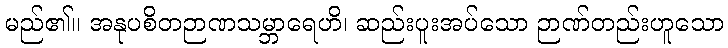
မည်၏။ အနုပစိတဉာဏသမ္ဘာရေဟိ၊ ဆည်းပူးအပ်သော ဉာဏ်တည်းဟူသော